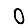
Digit: 0